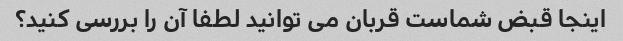
اینجا قبض شماست قربان می توانید لطفا آن را بررسی کنید؟